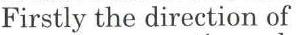
Firstly the direction of